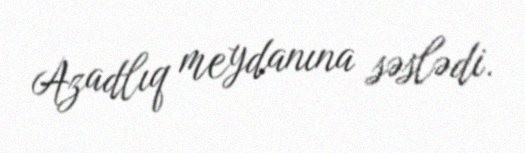
Azadlıq meydanına səslədi.